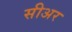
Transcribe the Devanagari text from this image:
सीअर